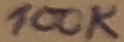
Text: 100K